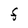
Character: F